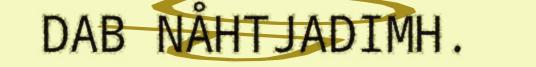
DAB NÅHTJADIMH.